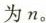
为n。